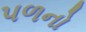
પળનો